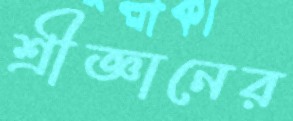
শ্রীজ্ঞানের